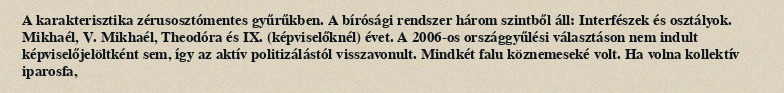
A karakterisztika zérusosztómentes gyűrűkben. A bírósági rendszer három szintből áll: Interfészek és osztályok. Mikhaél, V. Mikhaél, Theodóra és IX. (képviselőknél) évet. A 2006-os országgyűlési választáson nem indult képviselőjelöltként sem, így az aktív politizálástól visszavonult. Mindkét falu köznemeseké volt. Ha volna kollektív iparosfa,